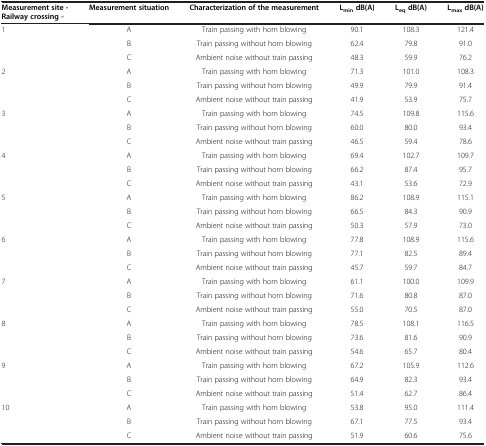
<table><thead><tr><td><b>Measurement site - Railway crossing -</b></td><td><b>Measurement situation</b></td><td><b>Characterization of the measurement</b></td><td><b>L<sub>min </sub>dB(A)</b></td><td><b>L<sub>eq </sub>dB(A)</b></td><td><b>L<sub>max </sub>dB(A)</b></td></tr></thead><tbody><tr><td rowspan="3">1</td><td>A</td><td>Train passing with horn blowing</td><td>90.1</td><td>108.3</td><td>121.4</td></tr><tr><td>B</td><td>Train passing without horn blowing</td><td>62.4</td><td>79.8</td><td>91.0</td></tr><tr><td>C</td><td>Ambient noise without train passing</td><td>48.3</td><td>59.9</td><td>76.2</td></tr><tr><td rowspan="3">2</td><td>A</td><td>Train passing with horn blowing</td><td>71.3</td><td>101.0</td><td>108.3</td></tr><tr><td>B</td><td>Train passing without horn blowing</td><td>49.9</td><td>79.9</td><td>91.4</td></tr><tr><td>C</td><td>Ambient noise without train passing</td><td>41.9</td><td>53.9</td><td>75.7</td></tr><tr><td rowspan="3">3</td><td>A</td><td>Train passing with horn blowing</td><td>74.5</td><td>109.8</td><td>115.6</td></tr><tr><td>B</td><td>Train passing without horn blowing</td><td>60.0</td><td>80.0</td><td>93.4</td></tr><tr><td>C</td><td>Ambient noise without train passing</td><td>46.5</td><td>59.4</td><td>78.6</td></tr><tr><td rowspan="3">4</td><td>A</td><td>Train passing with horn blowing</td><td>69.4</td><td>102.7</td><td>109.7</td></tr><tr><td>B</td><td>Train passing without horn blowing</td><td>66.2</td><td>87.4</td><td>95.7</td></tr><tr><td>C</td><td>Ambient noise without train passing</td><td>43.1</td><td>53.6</td><td>72.9</td></tr><tr><td rowspan="3">5</td><td>A</td><td>Train passing with horn blowing</td><td>86.2</td><td>108.9</td><td>115.1</td></tr><tr><td>B</td><td>Train passing without horn blowing</td><td>66.5</td><td>84.3</td><td>90.9</td></tr><tr><td>C</td><td>Ambient noise without train passing</td><td>50.3</td><td>57.9</td><td>73.0</td></tr><tr><td rowspan="3">6</td><td>A</td><td>Train passing with horn blowing</td><td>77.8</td><td>108.9</td><td>115.6</td></tr><tr><td>B</td><td>Train passing without horn blowing</td><td>77.1</td><td>82.5</td><td>89.4</td></tr><tr><td>C</td><td>Ambient noise without train passing</td><td>45.7</td><td>59.7</td><td>84.7</td></tr><tr><td rowspan="3">7</td><td>A</td><td>Train passing with horn blowing</td><td>61.1</td><td>100.0</td><td>109.9</td></tr><tr><td>B</td><td>Train passing without horn blowing</td><td>71.6</td><td>80.8</td><td>87.0</td></tr><tr><td>C</td><td>Ambient noise without train passing</td><td>55.0</td><td>70.5</td><td>87.0</td></tr><tr><td rowspan="3">8</td><td>A</td><td>Train passing with horn blowing</td><td>78.5</td><td>108.1</td><td>116.5</td></tr><tr><td>B</td><td>Train passing without horn blowing</td><td>73.6</td><td>81.6</td><td>90.9</td></tr><tr><td>C</td><td>Ambient noise without train passing</td><td>54.6</td><td>65.7</td><td>80.4</td></tr><tr><td rowspan="3">9</td><td>A</td><td>Train passing with horn blowing</td><td>67.2</td><td>105.9</td><td>112.6</td></tr><tr><td>B</td><td>Train passing without horn blowing</td><td>64.9</td><td>82.3</td><td>93.4</td></tr><tr><td>C</td><td>Ambient noise without train passing</td><td>51.4</td><td>62.7</td><td>86.4</td></tr><tr><td rowspan="3">10</td><td>A</td><td>Train passing with horn blowing</td><td>53.8</td><td>95.0</td><td>111.4</td></tr><tr><td>B</td><td>Train passing without horn blowing</td><td>67.1</td><td>77.5</td><td>93.4</td></tr><tr><td>C</td><td>Ambient noise without train passing</td><td>51.9</td><td>60.6</td><td>75.6</td></tr></tbody></table>